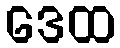
ဒေထ